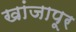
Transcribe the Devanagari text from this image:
खांजापूर